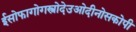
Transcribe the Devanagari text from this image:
ईसोफागोगस्त्रोदेउओदीनोसकोपी